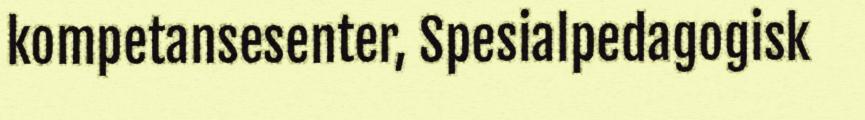
kompetansesenter, Spesialpedagogisk